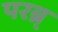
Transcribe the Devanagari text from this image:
परब्र्